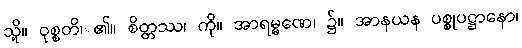
သို့။ ဝုစ္စတိ၊ ၏။ စိတ္တဿ၊ ကို။ အာရမ္မဏေ၊ ၌။ အာနယန ပစ္စုပဋ္ဌာနော၊